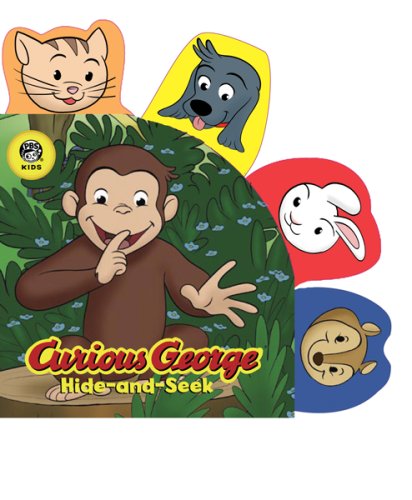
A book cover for Curious George Hide-and-Seek (CGTV Tabbed Board Book); H. A. Rey; Children's Books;